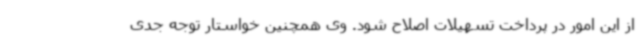
از این امور در پرداخت تسهیلات اصلاح شود. وی همچنین خواستار توجه جدی